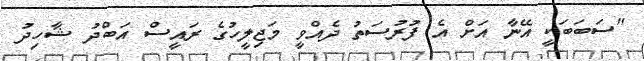
"ސަބަބަކީ އޭނާ އަށް އެ ފުރުސަތު ދެއްވީ މަޖިލީހުގެ ރައީސް އަބްދު ޝާހިދު